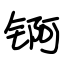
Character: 锕